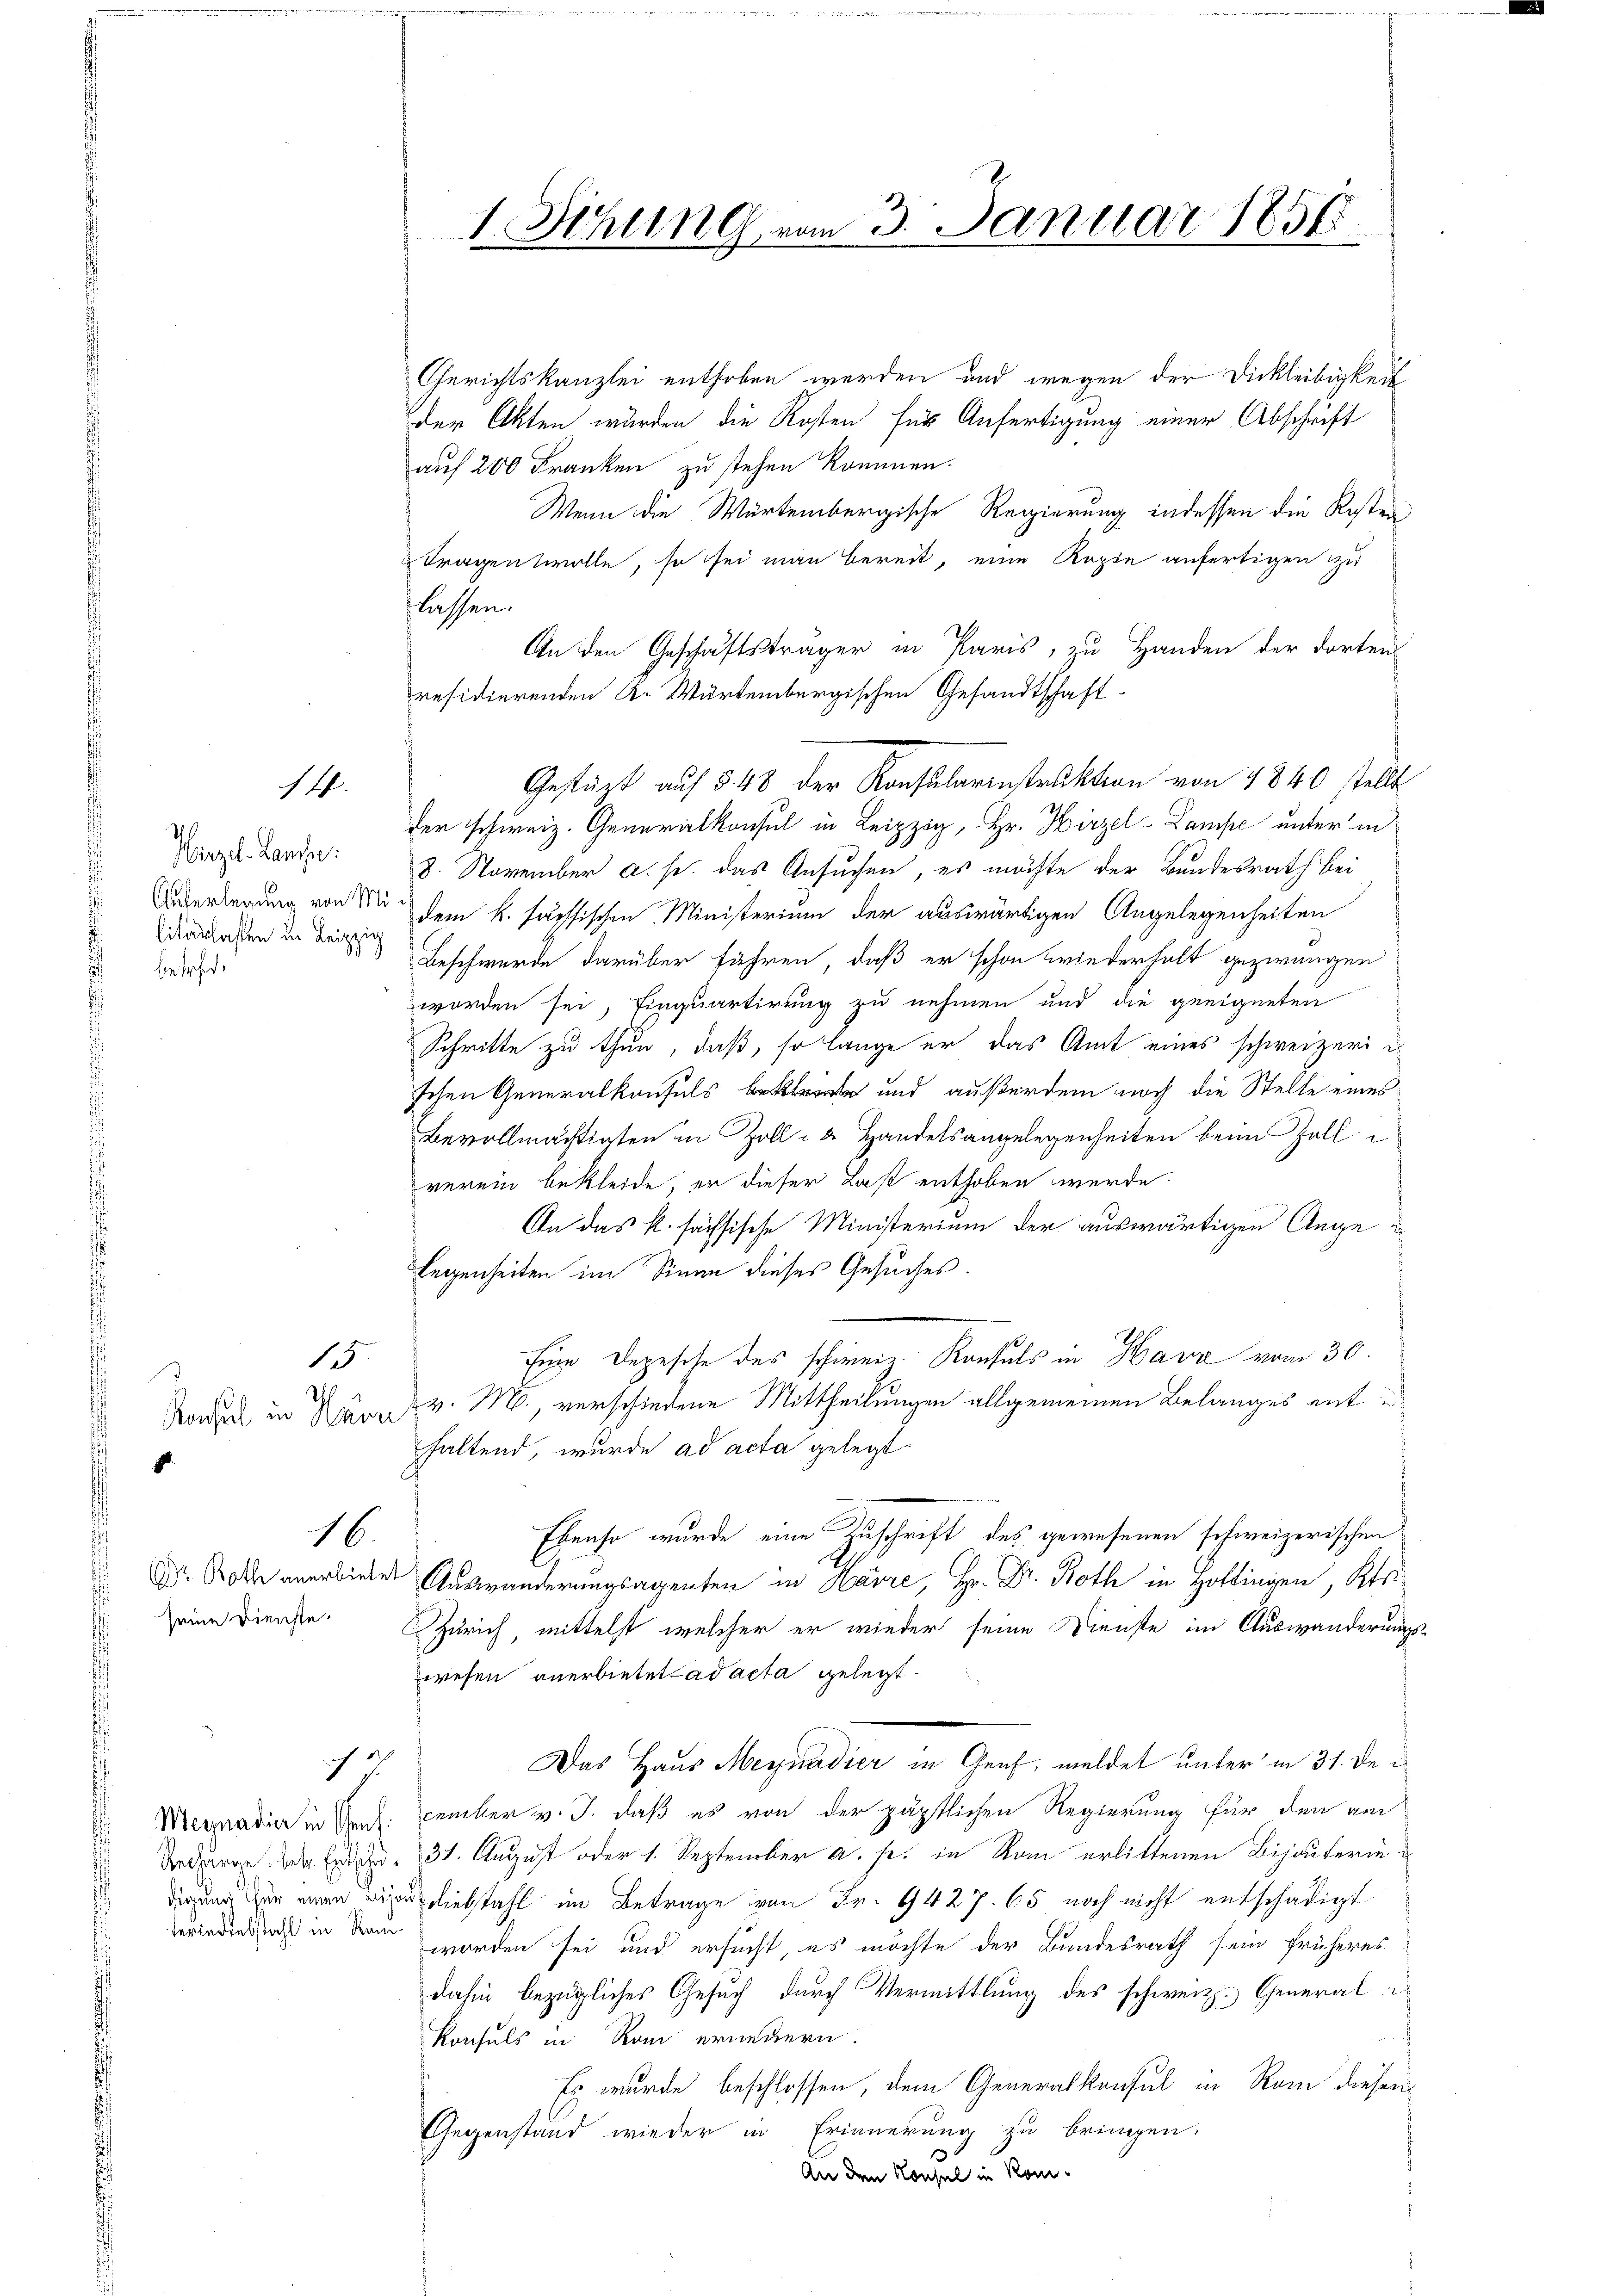
20
Hirzel-Lanse:
litärlasten in Leipzig
bie sehen.

Konsul in Mar
.

14.

15
Ih

Dr. Roth anerbie
seine Dienste.

16.

13

ferlediebstahl in Ram¬

1. Sitzung vom 3. Januar 18565.

Gerichtskanzlei enthoben werden und wegen der Dickleitigkeit
der Akten wurden die Kosten für Anfertigung einer Abschrift
auf 200 Franken zu stehen kommen.
Wenn die Würtembergische Regierung indessen die Kosten
Tragen wolle, so sei man bereit, eine Kopie anfertigen zu
lassen.
An den Geschäftsträger in Paris, zu Handen der dortens
residierenden K. Würtembergischen Gesandtschaft-
Gestüzt auf § 48 der Konsularinstruktion von 1840 stellt
der schweiz. Generalkonsul in Leipzig, Hr. Hirzel-Lampe unter in
8. November a. s. das Ansuchen, es möchte der Bundesrath bei
Überlegung von der dem k. fachsischen Ministerium der auswärtigen Angelegenheiten
Beschwerde darüber führen, daß er schon wiederhalt gezwungen
worden sei, sinquartirung zu nehmen und die geeigneten
Schritte zu thun, daß, so lange er das Amt eines schweizeri¬
Ichen Generalkonsuls und außerdem noch die Stelle eines
Bevollmächtigten in Zoll- u Handelsangelegenheiten beim Zalli
verein bekleide, er dieser Last enthoben werde.
An das k. sächsische Ministerium der auswärtigen Ange
legenheiten im Sinne dieses Gesuches.
Eine Depesche des schinein Konsuls in Hava vom 30.
v. v. M., verschiedene Mittheilungen allgemeinen Belanges ent
haltend, wurde ad acta gelegt.
Ebenso wurde eine Zuschrift des gewesenen schweizerischen
de Auswanderungsagenten in Hr. Dr. in Hofingen, Kts.
Zürich, mittelst welcher er wieder seine Dienste im Auswanderungs-
wesen anerbietet ad acta gelegt.
Das Haus Meynadier in Graf, meldet unter in 31. De¬
Megnadier in Gens: cemter v. J. daß es von der päpstlichen Regierung für den am
Ordre der Erden 31. August oder 1. September a. s. in Rom erlittenen Bijouterin u
dirung der ein Berliebstahl im Betrage von Fr. 9427. 65 noch nicht entschädigt
worden sei und ersucht, es möchte der Bundesrath sein früheres
dahin bezügliches Gesuch durch Vermittlung des schweiz. General-
Konsuls in Rom erneuern.
Es wurde beschlossen, dem Generalkonsul in Rom diesen
Gegenstand wieder in Erinnerung zu bringen.
An den Konsel in Kom¬